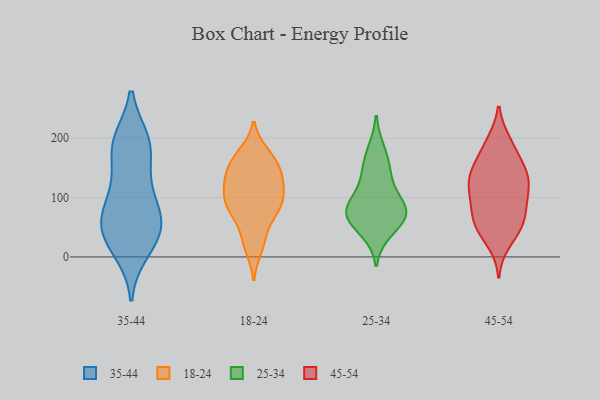
{"axis": {"x": "Gross Profit (USD K)", "y": "Value"}, "legend": ["18-24", "25-34", "35-44", "45-54"], "data": [{"x": "", "y": 70, "type": "35-44"}, {"x": "", "y": 53, "type": "35-44"}, {"x": "", "y": 186, "type": "35-44"}, {"x": "", "y": 103, "type": "35-44"}, {"x": "", "y": 113, "type": "35-44"}, {"x": "", "y": 193, "type": "35-44"}, {"x": "", "y": 17, "type": "35-44"}, {"x": "", "y": 46, "type": "35-44"}, {"x": "", "y": 195, "type": "35-44"}, {"x": "", "y": 74, "type": "35-44"}, {"x": "", "y": 193, "type": "35-44"}, {"x": "", "y": 45, "type": "35-44"}, {"x": "", "y": 151, "type": "35-44"}, {"x": "", "y": 49, "type": "35-44"}, {"x": "", "y": 10, "type": "35-44"}, {"x": "", "y": 114, "type": "18-24"}, {"x": "", "y": 128, "type": "18-24"}, {"x": "", "y": 160, "type": "18-24"}, {"x": "", "y": 107, "type": "18-24"}, {"x": "", "y": 89, "type": "18-24"}, {"x": "", "y": 86, "type": "18-24"}, {"x": "", "y": 131, "type": "18-24"}, {"x": "", "y": 126, "type": "18-24"}, {"x": "", "y": 151, "type": "18-24"}, {"x": "", "y": 24, "type": "18-24"}, {"x": "", "y": 81, "type": "18-24"}, {"x": "", "y": 15, "type": "18-24"}, {"x": "", "y": 167, "type": "18-24"}, {"x": "", "y": 173, "type": "18-24"}, {"x": "", "y": 76, "type": "18-24"}, {"x": "", "y": 131, "type": "18-24"}, {"x": "", "y": 36, "type": "18-24"}, {"x": "", "y": 76, "type": "18-24"}, {"x": "", "y": 165, "type": "18-24"}, {"x": "", "y": 90, "type": "18-24"}, {"x": "", "y": 43, "type": "25-34"}, {"x": "", "y": 179, "type": "25-34"}, {"x": "", "y": 79, "type": "25-34"}, {"x": "", "y": 134, "type": "25-34"}, {"x": "", "y": 101, "type": "25-34"}, {"x": "", "y": 76, "type": "25-34"}, {"x": "", "y": 62, "type": "25-34"}, {"x": "", "y": 151, "type": "25-34"}, {"x": "", "y": 75, "type": "25-34"}, {"x": "", "y": 74, "type": "25-34"}, {"x": "", "y": 108, "type": "45-54"}, {"x": "", "y": 63, "type": "45-54"}, {"x": "", "y": 24, "type": "45-54"}, {"x": "", "y": 148, "type": "45-54"}, {"x": "", "y": 179, "type": "45-54"}, {"x": "", "y": 108, "type": "45-54"}, {"x": "", "y": 124, "type": "45-54"}, {"x": "", "y": 194, "type": "45-54"}, {"x": "", "y": 86, "type": "45-54"}, {"x": "", "y": 81, "type": "45-54"}, {"x": "", "y": 59, "type": "45-54"}, {"x": "", "y": 146, "type": "45-54"}, {"x": "", "y": 191, "type": "45-54"}, {"x": "", "y": 47, "type": "45-54"}, {"x": "", "y": 144, "type": "45-54"}, {"x": "", "y": 141, "type": "45-54"}, {"x": "", "y": 62, "type": "45-54"}, {"x": "", "y": 42, "type": "45-54"}, {"x": "", "y": 109, "type": "45-54"}, {"x": "", "y": 131, "type": "45-54"}]}